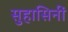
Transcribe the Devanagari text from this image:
सुहासिनीं